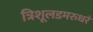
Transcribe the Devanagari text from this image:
त्रिशूलडमरुधरं